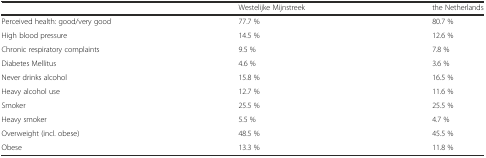
<table><thead><tr><td></td><td><b>Westelijke Mijnstreek</b></td><td><b>the Netherlands</b></td></tr></thead><tbody><tr><td>Perceived health: good/very good</td><td>77.7 %</td><td>80.7 %</td></tr><tr><td>High blood pressure</td><td>14.5 %</td><td>12.6 %</td></tr><tr><td>Chronic respiratory complaints</td><td>9.5 %</td><td>7.8 %</td></tr><tr><td>Diabetes Mellitus</td><td>4.6 %</td><td>3.6 %</td></tr><tr><td>Never drinks alcohol</td><td>15.8 %</td><td>16.5 %</td></tr><tr><td>Heavy alcohol use</td><td>12.7 %</td><td>11.6 %</td></tr><tr><td>Smoker</td><td>25.5 %</td><td>25.5 %</td></tr><tr><td>Heavy smoker</td><td>5.5 %</td><td>4.7 %</td></tr><tr><td>Overweight (incl. obese)</td><td>48.5 %</td><td>45.5 %</td></tr><tr><td>Obese</td><td>13.3 %</td><td>11.8 %</td></tr></tbody></table>